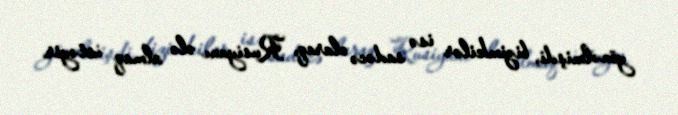
yönəlmişdi, bizimkilər isə sadəcə olaraq, Rusiyanı ələ almaq istəyir.